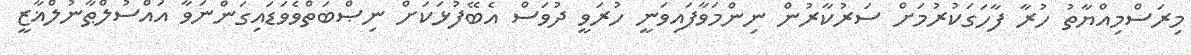
މިރަސްމިއްޔާތު ހުރާ ފާހަގަކުރުމަށް ސަރުކާރުން ނިންމަވާފައިވަނީ ހުރަވީ ދުވަސް އެބޭފުޅަކަށް ނިޞްބަތްވެވަޑައިގަންނަވާ އައްސުލްޠާނުލްޣާޒީ